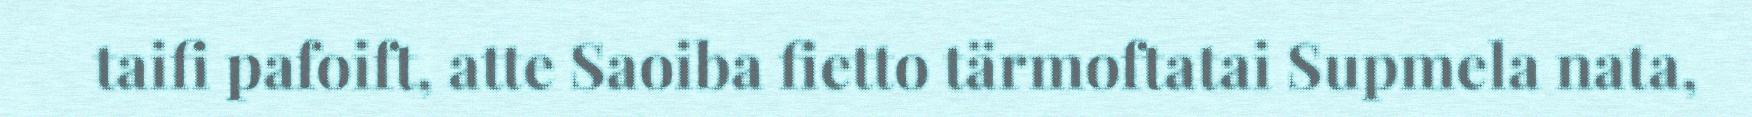
taifi pafoift, atte Saoiba fietto tärmoftatai Supmela nata,